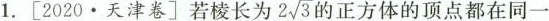
1.[2020.天津卷]若棱长为2\sqrt{3}正方体的顶点都在同一